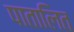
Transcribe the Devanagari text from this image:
पातालित